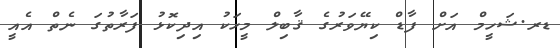
ޑރ.ޝަހީމް އަށް ފާޑް ކިޔޭވަރުގެ ޤާބިލް މީހަކު އިދިކޮޅު ފަރާތުގަ ނެތް އެއީ